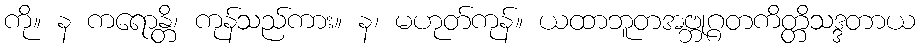
ကို။ န ကရောန္တိ၊ ကုန်သည်ကား။ န၊ မဟုတ်ကုန်။ ယထာဘူတအဗ္ဘုဂ္ဂတကိတ္တိသဒ္ဒတာယ